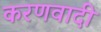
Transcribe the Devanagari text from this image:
करणवादी